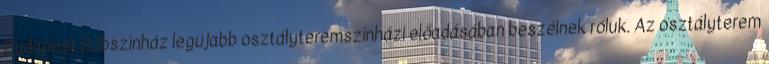
Budapest Bábszínház legújabb osztályteremszínházi előadásában beszélnek róluk. Az osztályterem